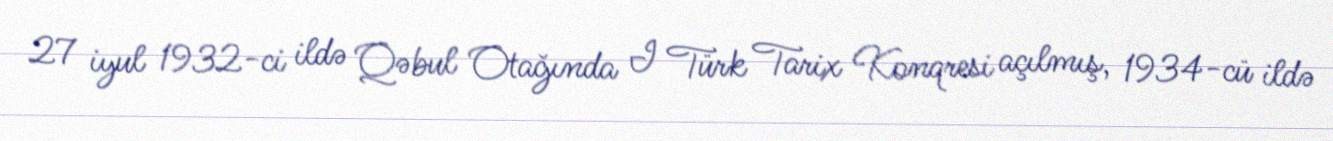
27 iyul 1932-ci ildə Qəbul Otağında I Türk Tarix Konqresi açılmış, 1934-cü ildə